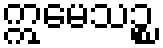
ဣမေသဉ္စ